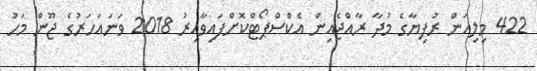
422 މިލިއަން ރުފިޔާގެ މުދާ ރާއްޖެއިން އެކްސްޕޯޓްކޮށްފައިވާއިރު 2018 ވަނައަހަރުގެ ޖޫން މަހު